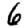
Digit: 6